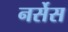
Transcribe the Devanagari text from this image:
नर्सेस